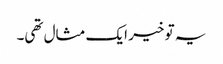
یہ تو خیر ایک مثال تھی۔